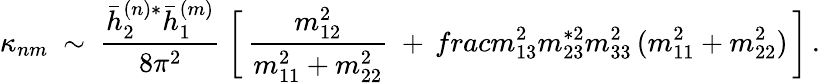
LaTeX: \kappa_{nm}\ \sim\ \frac{\bar{h}_{2}^{(n)*}\bar{h}_{1}^{(m)}}{8\pi^{2}}\ \bigg[\, \frac{m_{12}^{2}}{m_{11}^{2}+m_{22}^{2}}\ +\, frac{m_{13}^{2}m_{23}^{*2}}{m_{33}^{2}\, (m_{11}^{2}+m_{22}^{2})}\, \bigg]\, .